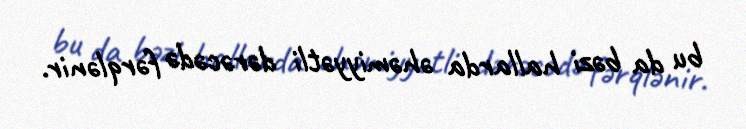
bu da bəzi hallarda əhəmiyyətli dərəcədə fərqlənir.